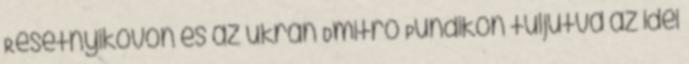
Resetnyikovon és az ukrán Dmitro Pundikon túljutva az idei